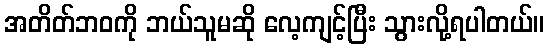
အတိတ်ဘဝကို ဘယ်သူမဆို လေ့ကျင့်ပြီး သွားလို့ရပါတယ်။